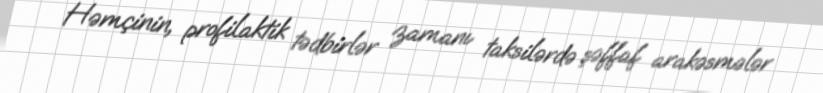
Həmçinin, profilaktik tədbirlər zamanı taksilərdə şəffaf arakəsmələr